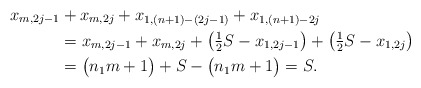
\begin{align*}x_{m,2j-1} &+ x_{m,2j} + x_{1,(n+1)-(2j-1)} + x_{1,(n+1)-2j} \\&= x_{m,2j-1} + x_{m,2j} + \bigl( \tfrac{1}{2} S - x_{1,2j-1} \bigr) + \bigl( \tfrac{1}{2} S - x_{1,2j} \bigr) \\&= \bigl( n_1 m +1 \bigr) + S - \bigl( n_1 m +1 \bigr) =S.\end{align*}